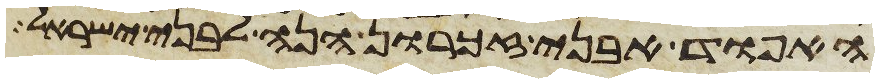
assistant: האפוד אבני זכרון הנה לבני ישראל